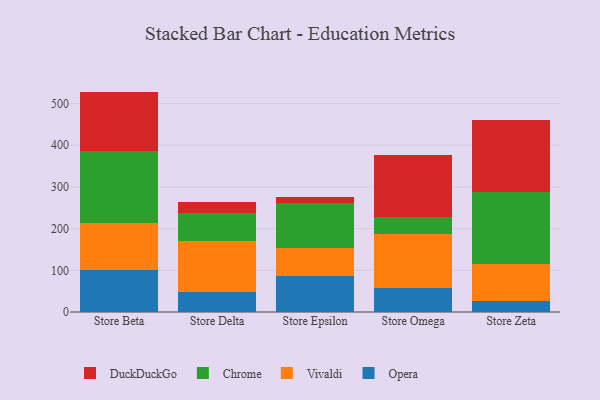
{"axis": {"x": "Store", "y": "Production Output"}, "legend": ["Chrome", "DuckDuckGo", "Opera", "Vivaldi"], "data": [{"x": "Store Beta", "y": 100.2, "type": "Opera"}, {"x": "Store Beta", "y": 114.2, "type": "Vivaldi"}, {"x": "Store Beta", "y": 172.6, "type": "Chrome"}, {"x": "Store Beta", "y": 141.7, "type": "DuckDuckGo"}, {"x": "Store Delta", "y": 49.1, "type": "Opera"}, {"x": "Store Delta", "y": 121.1, "type": "Vivaldi"}, {"x": "Store Delta", "y": 66.4, "type": "Chrome"}, {"x": "Store Delta", "y": 26.7, "type": "DuckDuckGo"}, {"x": "Store Epsilon", "y": 87.1, "type": "Opera"}, {"x": "Store Epsilon", "y": 66.7, "type": "Vivaldi"}, {"x": "Store Epsilon", "y": 107.4, "type": "Chrome"}, {"x": "Store Epsilon", "y": 14.0, "type": "DuckDuckGo"}, {"x": "Store Omega", "y": 57.4, "type": "Opera"}, {"x": "Store Omega", "y": 130.3, "type": "Vivaldi"}, {"x": "Store Omega", "y": 41.0, "type": "Chrome"}, {"x": "Store Omega", "y": 147.8, "type": "DuckDuckGo"}, {"x": "Store Zeta", "y": 26.4, "type": "Opera"}, {"x": "Store Zeta", "y": 89.0, "type": "Vivaldi"}, {"x": "Store Zeta", "y": 171.9, "type": "Chrome"}, {"x": "Store Zeta", "y": 172.9, "type": "DuckDuckGo"}]}